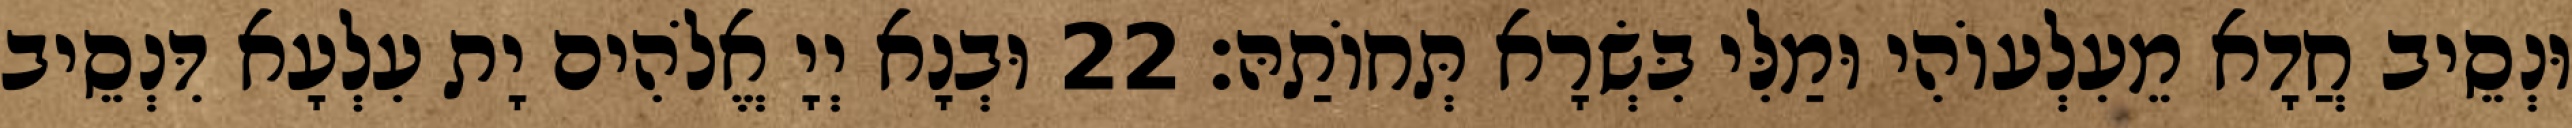
וּנְסֵיב חֲדָא מֵעִלְעוֹהִי וּמַלִּי בִּשְׂרָא תְּחוֹתַהּ׃ 22 וּבְנָא יְיָ אֱלֹהִים יָת עִלְעָא דִּנְסֵיב